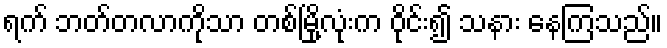
ရက် ဘတ်တလာကိုသာ တစ်မြို့လုံးက ဝိုင်း၍ သနား နေကြသည်။